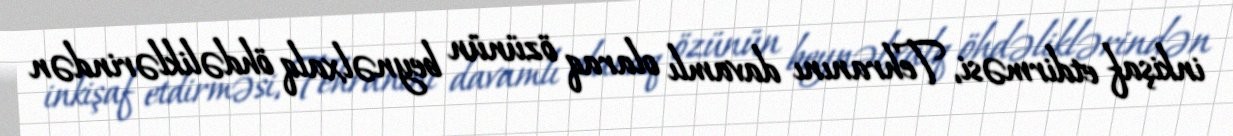
inkişaf etdirməsi, Tehranını davamlı olaraq özünün beynəlxalq öhdəliklərindən